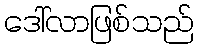
ဒေါ်လာဖြစ်သည်